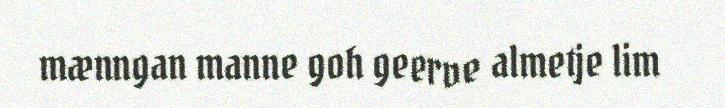
mænngan manne goh geerve almetje lim